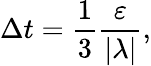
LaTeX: \Delta t=\frac{1}{3}\frac{\varepsilon}{|\lambda|},